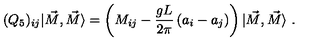
( Q _ { 5 } ) _ { i j } | \vec { M } , \vec { M } \rangle = \left( M _ { i j } - \frac { g L } { 2 \pi } \left( a _ { i } - a _ { j } \right) \right) | \vec { M } , \vec { M } \rangle \ .